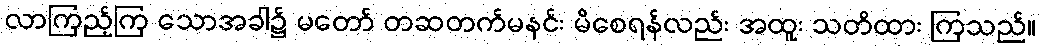
လာကြည့်ကြ သောအခါ၌ မတော် တဆတက်မနင်း မိစေရန်လည်း အထူး သတိထား ကြသည်။